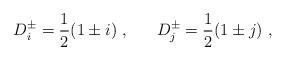
LaTeX: \begin{align*}D^\pm_i = \frac{1}{2}(1 \pm i) ~, ~~~~~ D^\pm_j = \frac{1}{2}(1 \pm j) ~,\end{align*}